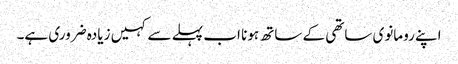
اپنے رومانوی ساتھی کے ساتھ ہونا اب پہلے سے کہیں زیادہ ضروری ہے۔